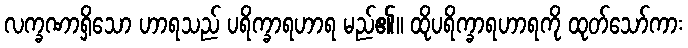
လက္ခဏာရှိသော ဟာရသည် ပရိက္ခာရဟာရ မည်၏။ ထိုပရိက္ခာရဟာရကို ထုတ်သော်ကား